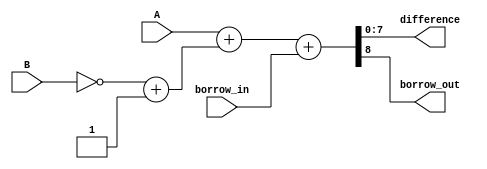
module eightBitSubtractor(
  input [7:0] A,
  input [7:0] B,
  input borrow_in,
  output [7:0] difference,
  output borrow_out
);
  wire [7:0] B_complement;
  assign B_complement = (~B) + 1;
  assign {borrow_out, difference} = A + B_complement + borrow_in;
endmodule